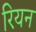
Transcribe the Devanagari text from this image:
रियन